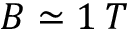
B \simeq 1 \: T